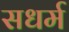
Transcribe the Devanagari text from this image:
सधर्म